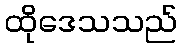
ထိုဒေသသည်